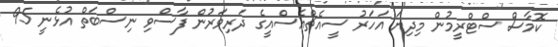
ކޮމާސް ސްޓްރީމުން މިދިޔަ އަހަރު ސީއެޗްއެސްއީގެ ދަރިވަރުން ފާސްވި ނިސްބަތް އުޅެނީ 95